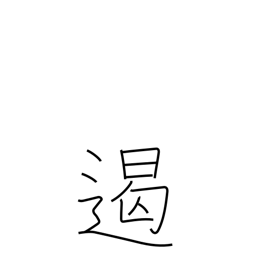
Meaning: suppress